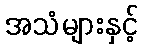
အသံများနှင့်